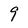
Character: 9